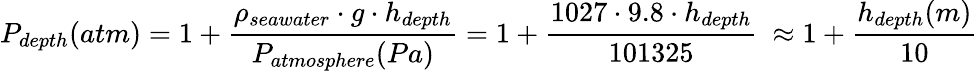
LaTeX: P_{depth}(atm)=1+{\frac{\rho_{seawater}\cdot g\cdot h_{depth}}{P_{atmosphere}(Pa)}}=1+{\frac{1027\cdot 9.8\cdot h_{depth}}{101325}}\ \approx 1+{\frac{h_{depth}(m)}{10}}